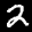
Label: 2